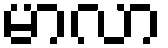
မာလာ